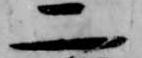
二